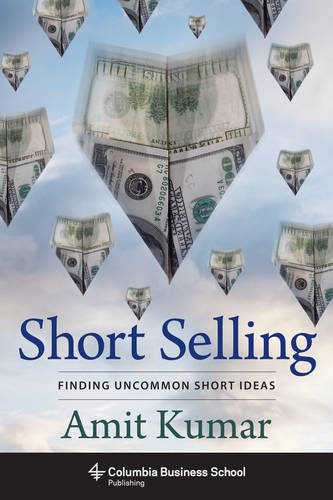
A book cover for Short Selling: Finding Uncommon Short Ideas (Columbia Business School Publishing); Amit Kumar; Business & Money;